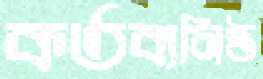
কর্তব্যনিষ্ঠ